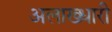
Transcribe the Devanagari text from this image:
अलाख्धारी